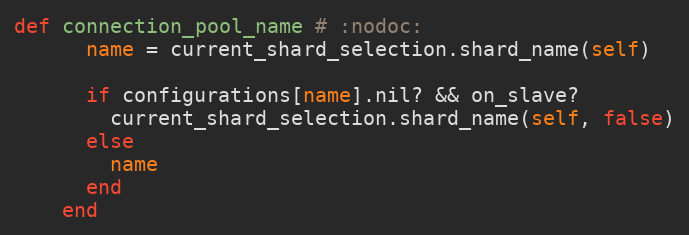
Language: Ruby
def connection_pool_name # :nodoc:
      name = current_shard_selection.shard_name(self)

      if configurations[name].nil? && on_slave?
        current_shard_selection.shard_name(self, false)
      else
        name
      end
    end